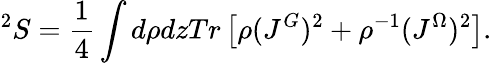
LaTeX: ^2S=\frac{1}{4}\int d\rho dzTr\left[\rho(J^{G})^{2}+\rho^{-1}(J^{\Omega})^{2}\right].